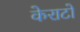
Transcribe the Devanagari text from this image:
केराटो